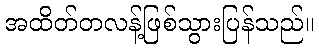
အထိတ်တလန့်ဖြစ်သွားပြန်သည်။